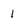
Character: 1